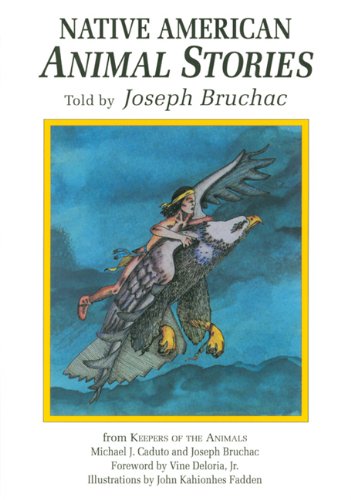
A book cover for Native American Animal Stories; Joseph Bruchac; Literature & Fiction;